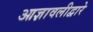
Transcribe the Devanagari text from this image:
आज्ञावलीद्वारे